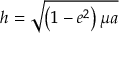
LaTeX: h = { \sqrt { \left( 1 - e ^ { 2 } \right) \mu a } }